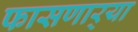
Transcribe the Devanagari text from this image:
फासणार्‍या